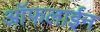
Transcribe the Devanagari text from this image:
आॅफलाईन